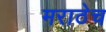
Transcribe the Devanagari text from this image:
मराठेच